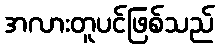
အလားတူပင်ဖြစ်သည်